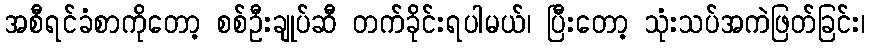
အစီရင်ခံစာကိုတော့ စစ်ဦးချုပ်ဆီ တက်ခိုင်းရပါမယ်၊ ပြီးတော့ သုံးသပ်အကဲဖြတ်ခြင်း၊